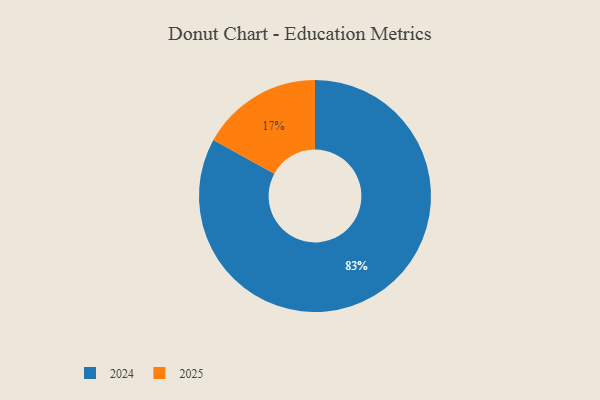
{"axis": {"x": "Category", "y": "Percentage"}, "legend": ["2024", "2025"], "data": [{"x": "2024", "y": 83, "type": "2024"}, {"x": "2025", "y": 17, "type": "2025"}]}